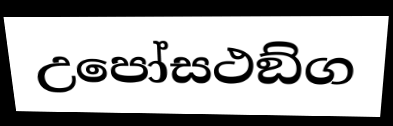
උපෝසථඞ්ග